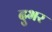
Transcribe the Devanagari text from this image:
दुभर